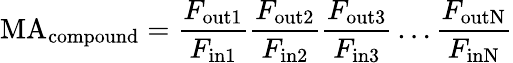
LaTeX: \mathrm{MA}_{\mathrm{compound}}={\frac{F_{\mathrm{out1}}}{F_{\mathrm{in1}}}}{\frac{F_{\mathrm{out2}}}{F_{\mathrm{in2}}}}{\frac{F_{\mathrm{out3}}}{F_{\mathrm{in3}}}}\ldots{\frac{F_{\mathrm{outN}}}{F_{\mathrm{inN}}}}